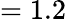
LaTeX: =1.2